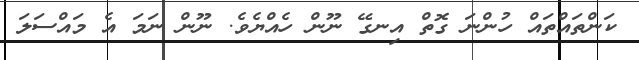
ކަންތައްތައް ހުންނަ ގޮތް އިނގޭ ނޫން ހެއްޔެވެ. ނޫން ނަމަ އެ މައްސަލަ